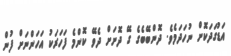
އަޑުގަދަކޮށް ނުހަދަމެވެ. ދޮންބޭބެގެ ގޭ ދޮށަށް ދެވޭ ކޮންމެ ފަހަރަކު އަހަންނަށް ފުން